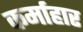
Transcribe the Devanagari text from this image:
कर्माहार